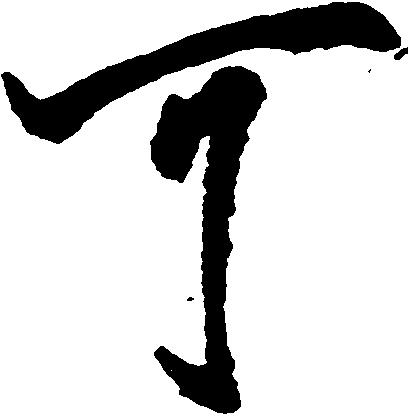
可